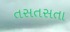
તસતસતા